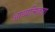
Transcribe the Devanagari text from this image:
आध्यत्मिकता